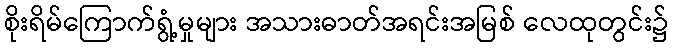
စိုးရိမ်ကြောက်ရွံ့မှုများ အသားဓာတ်အရင်းအမြစ် လေထုတွင်း၌